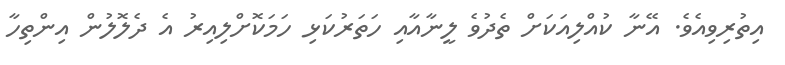
އިތުރިވިއެވެ. އޭނާ ކުއްލިއަކަށް ތެދުވެ ލީނާއާއި ހަތަރުކަޅި ހަމަކޮށްލިއިރު އެ ދެލޮލުން އިންތިހާ